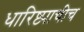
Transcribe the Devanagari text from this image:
धारिष्ट्याचीच